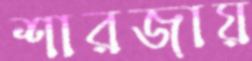
শারজায়